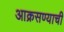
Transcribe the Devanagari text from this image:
आक्रसण्याची